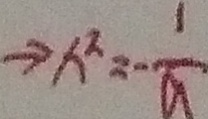
\rightarrow x ^ { 2 } = - \frac { 1 } { a }